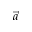
\vec { a }